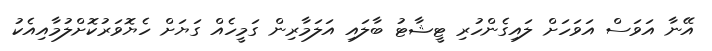
އޭނާ އަވަސް އަވަހަށް ލައިގެންހުރި ޓީޝާޓު ބާލައި އަލަމާރިން ގަމީހެއް ގަޔަށް ހެޔޮވަރުކޮށްލުމާއިއެކު